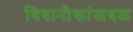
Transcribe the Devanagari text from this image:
विवानौकांजवळ